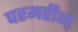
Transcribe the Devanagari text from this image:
परमरीन